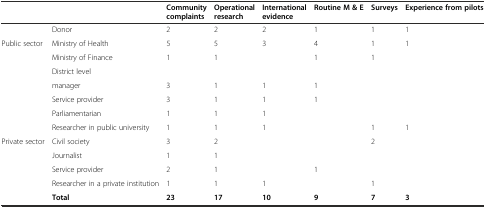
|  |  | Community complaints | Operational research | International evidence | Routine M & E | Surveys | Experience from pilots |
 | --- | --- | --- | --- | --- | --- | --- | --- |
 |  | Donor | 2 | 2 | 2 | 1 | 1 | 1 |
 | <ROWSPAN=7> Public sector | Ministry of Health | 5 | 5 | 3 | 4 | 1 | 1 |
 | Ministry of Finance | 1 | 1 |  | 1 | 1 |  |
 | District level |  |  |  |  |  |  |
 | manager | 3 | 1 | 1 | 1 |  |  |
 | Service provider | 3 | 1 | 1 | 1 |  |  |
 | Parliamentarian | 1 | 1 | 1 |  |  |  |
 | Researcher in public university | 1 | 1 | 1 |  | 1 | 1 |
 | <ROWSPAN=4> Private sector | Civil society | 3 | 2 |  |  | 2 |  |
 | Journalist | 1 | 1 |  |  |  |  |
 | Service provider | 2 | 1 |  | 1 |  |  |
 | Researcher in a private institution | 1 | 1 | 1 |  | 1 |  |
 |  | Total | 23 | 17 | 10 | 9 | 7 | 3 |